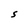
Character: S